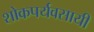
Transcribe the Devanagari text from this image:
शोकपर्यवसायी